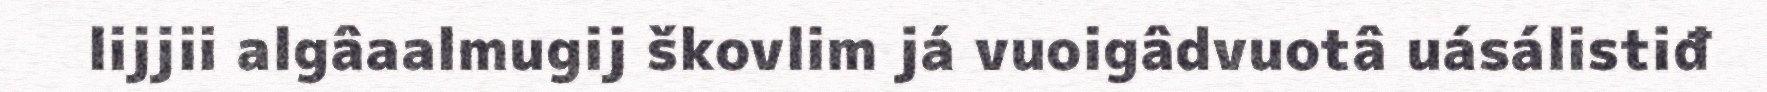
lijjii algâaalmugij škovlim já vuoigâdvuotâ uásálistiđ